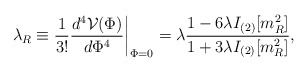
\begin{align*}\lambda_R\equiv {\frac {1}{3!}}{\frac {d^4 {\cal V}(\Phi)}{d \Phi^4}} \biggr |_{\Phi=0}= \lambda{\frac {1-6\lambda I_{(2)}[m_R^2]} {1+3\lambda I_{(2)}[m_R^2]}} ,\end{align*}